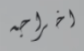
اخراجه